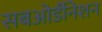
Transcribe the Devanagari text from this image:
सबओर्डीनेशन